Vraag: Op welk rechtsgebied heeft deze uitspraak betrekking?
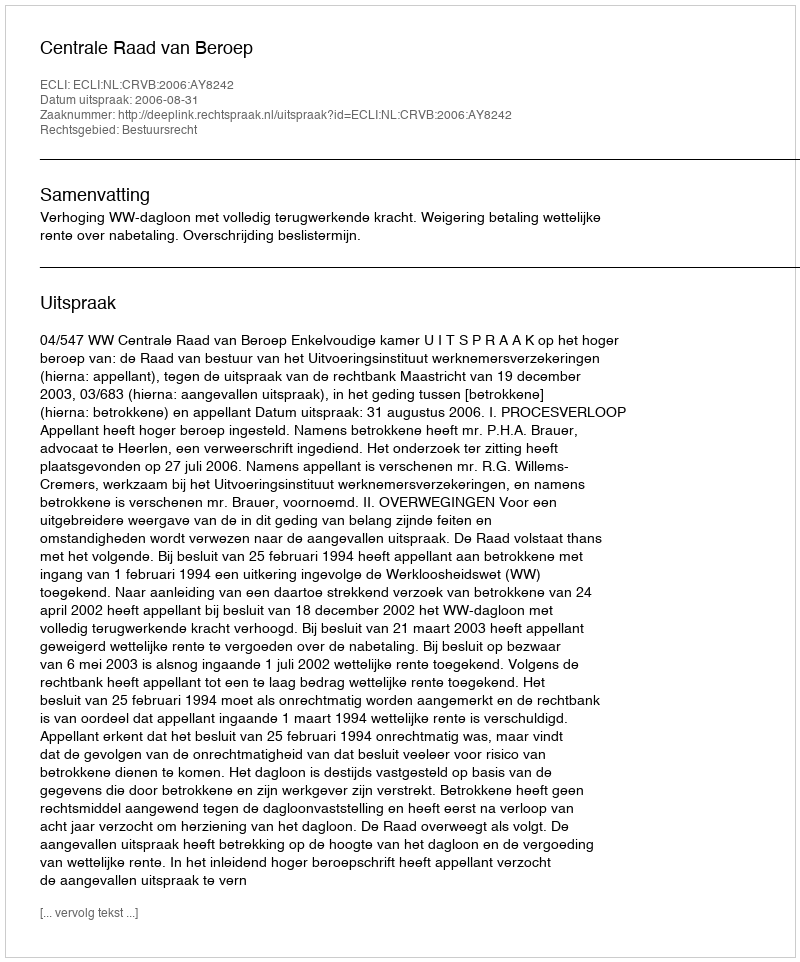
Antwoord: Bestuursrecht